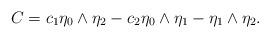
LaTeX: \begin{align*}C=c_1\eta_0\wedge\eta_2-c_2\eta_0\wedge\eta_1-\eta_1\wedge\eta_2.\end{align*}